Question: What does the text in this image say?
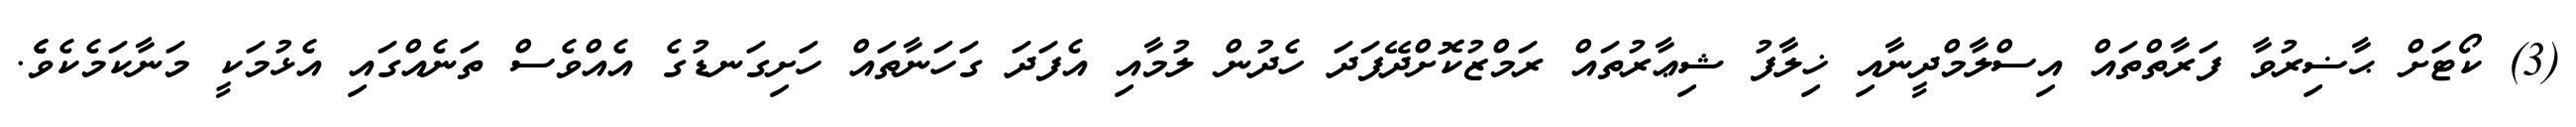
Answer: (3) ކޯޓަށް ޙާޟިރުވާ ފަރާތްތައް އިސްލާމްދީނާއި ޚިލާފު ޝިޢާރުތައް ރަމްޒުކޮށްދޭފަދަ ހެދުން ލުމާއި އެފަދަ ގަހަނާތައް ހަށިގަނޑުގެ އެއްވެސް ތަނެއްގައި އެޅުމަކީ މަނާކަމެކެވެެ.